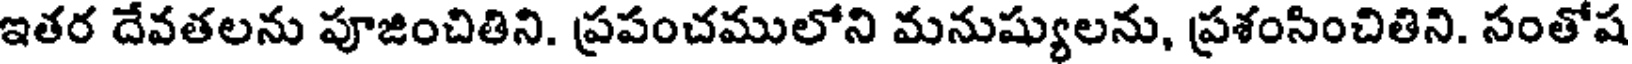
ఇతర దేవతలను పూజించితిని. ప్రపంచములోని మనుష్యులను, ప్రశంసించితిని. సంతోష